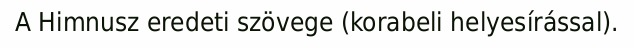
A Himnusz eredeti szövege (korabeli helyesírással).